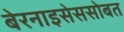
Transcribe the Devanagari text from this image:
बेरनाइसेससोबत